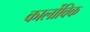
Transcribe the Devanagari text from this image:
कार्लोविक